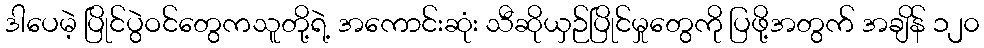
ဒါပေမဲ့ ပြိုင်ပွဲဝင်တွေကသူတို့ရဲ့ အကောင်းဆုံး သီဆိုယှဉ်ပြိုင်မှုတွေကို ပြဖို့အတွက် အချိန် ၁၂၀